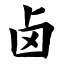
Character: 卤